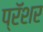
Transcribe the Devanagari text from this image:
प्रॅशर